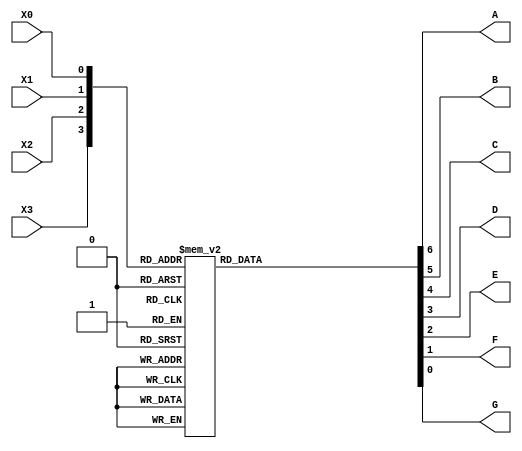
// This program was cloned from: https://github.com/regales/cpre281
// License: Apache License 2.0

module seven_seg_decoder (A,B,C,D,E,F,G,X3,X2,X1,X0);
	input X3,X2,X1,X0;
	output A,B,C,D,E,F,G;
	reg A,B,C,D,E,F,G;
	
	always @(X3 or X2 or X1 or X0)
	begin 
		case ({X3,X2,X1,X0}) 
		
		4'b0000: {A,B,C,D,E,F,G} = 7'b0000001;
		4'b0001: {A,B,C,D,E,F,G} = 7'b1001111;
		4'b0010: {A,B,C,D,E,F,G} = 7'b0010010;
		4'b0011: {A,B,C,D,E,F,G} = 7'b0000110;
		4'b0100: {A,B,C,D,E,F,G} = 7'b1001100;
		4'b0101: {A,B,C,D,E,F,G} = 7'b0100100;
		4'b0110: {A,B,C,D,E,F,G} = 7'b0100000;
		4'b0111: {A,B,C,D,E,F,G} = 7'b0001111;
		4'b1000: {A,B,C,D,E,F,G} = 7'b0000000;
		4'b1001: {A,B,C,D,E,F,G} = 7'b0000100;
		4'b1010: {A,B,C,D,E,F,G} = 7'b0001000;
		4'b1011: {A,B,C,D,E,F,G} = 7'b1100000;
		4'b1100: {A,B,C,D,E,F,G} = 7'b0110001;
		4'b1101: {A,B,C,D,E,F,G} = 7'b1000010;
		4'b1110: {A,B,C,D,E,F,G} = 7'b0110000;
		4'b1111: {A,B,C,D,E,F,G} = 7'b0111000;
		
		endcase
	end
endmodule